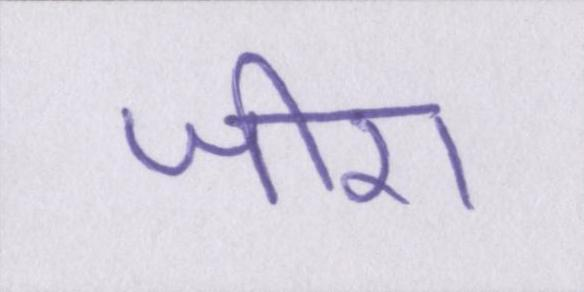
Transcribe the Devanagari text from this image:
जीरा